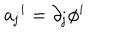
LaTeX: { a _ { \bf { j } } } ^ { i } = \partial _ { \bf { j } } \phi ^ { i }